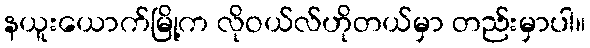
နယူးယောက်မြို့က လိုဝယ်လ်ဟိုတယ်မှာ တည်းမှာပါ။